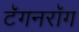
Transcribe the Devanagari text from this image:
टॅगनरॉग